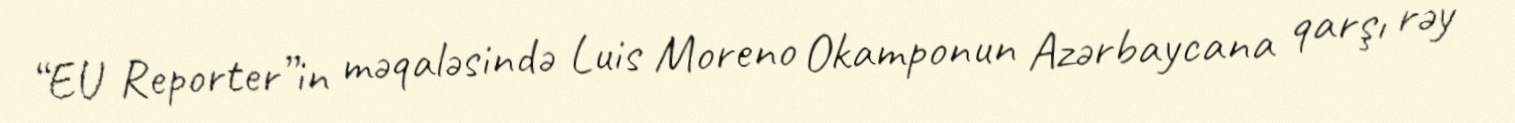
“EU Reporter”in məqaləsində Luis Moreno Okamponun Azərbaycana qarşı rəy